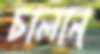
চালান্‌